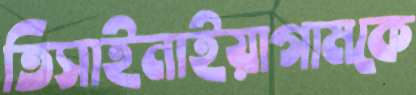
তিসাইনাইয়াগামকে